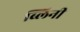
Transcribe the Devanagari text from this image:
ब्लिनी